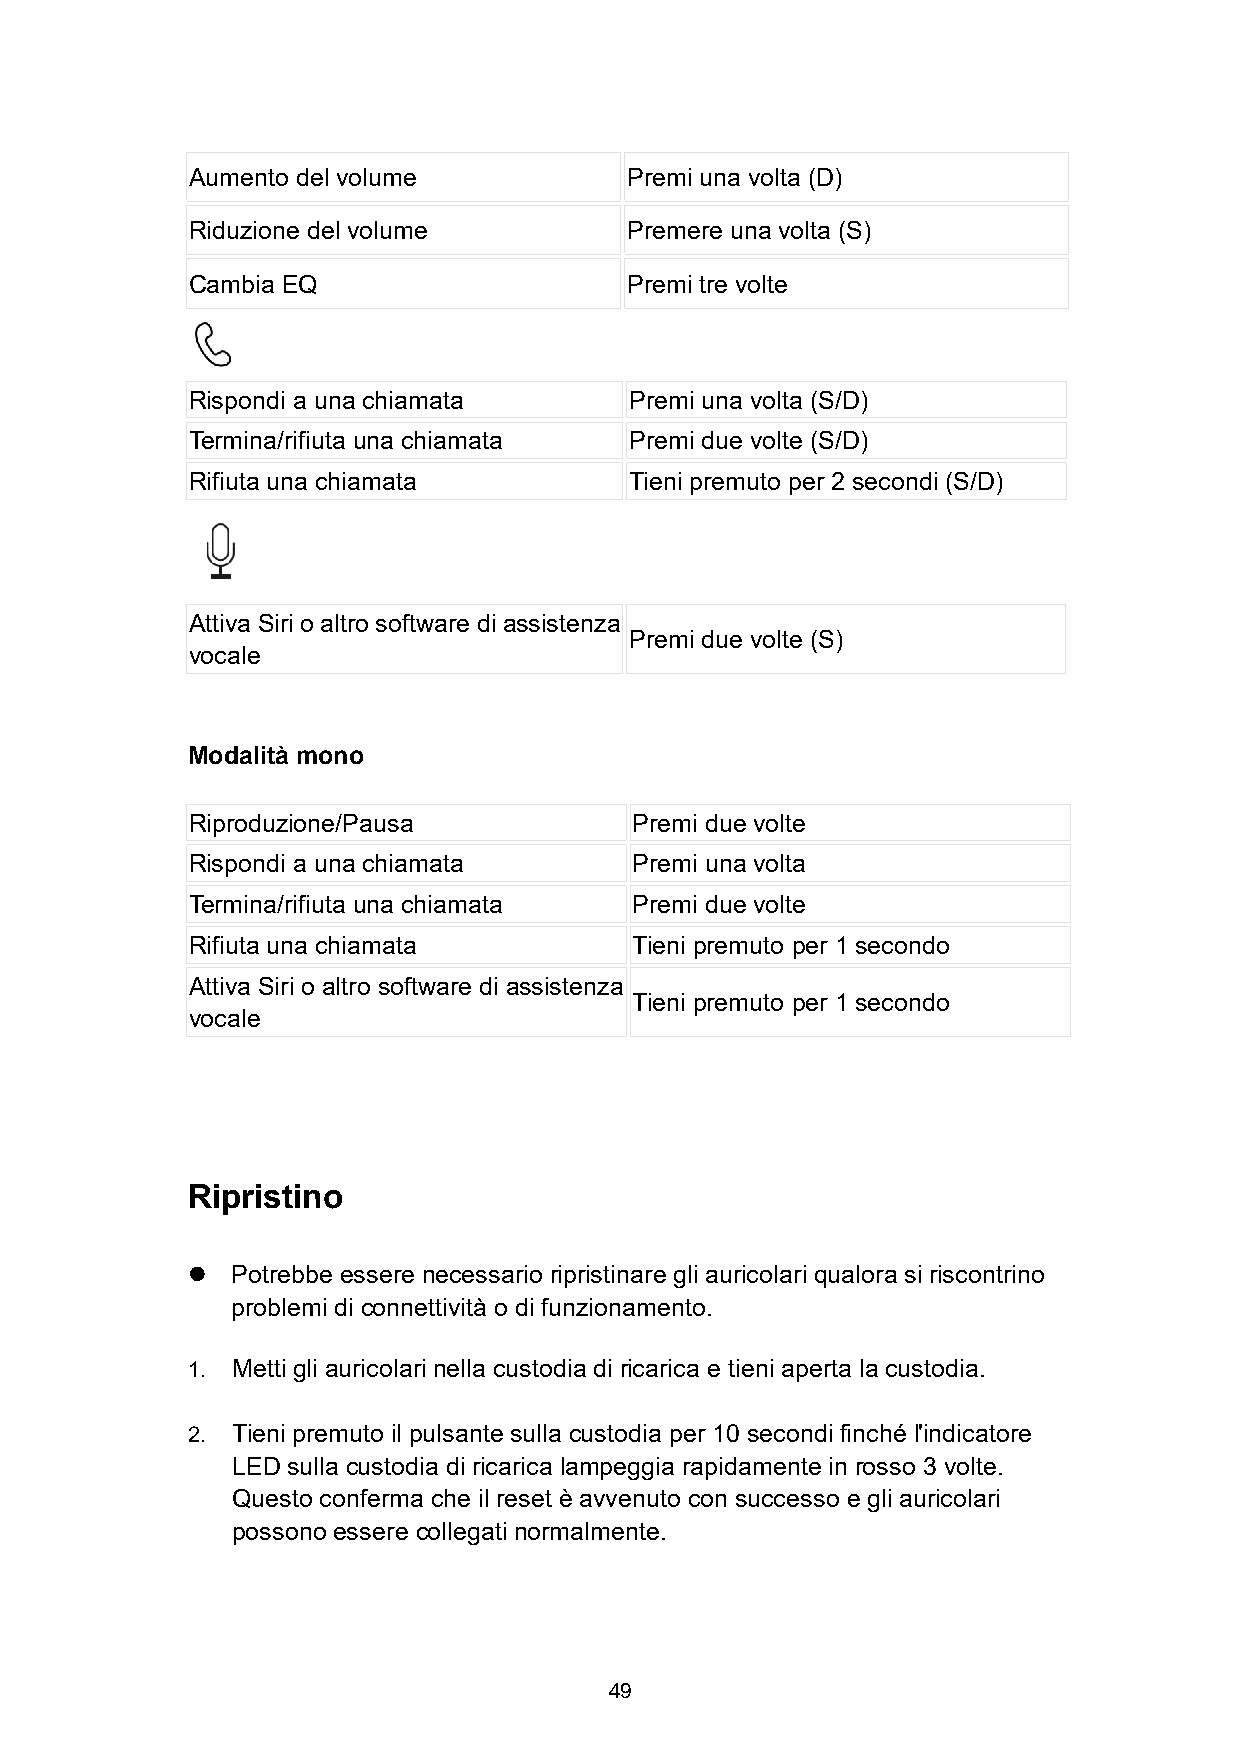
Aumento del volume           Premi una volta (D)
 Riduzione del volume         Premere una volta (S)
 Cambia EQ                    Premi tre volte
 Rispondi a una chiamata       Premi una volta (S/D)
 Termina/rifiuta una chiamata  Premi due volte (S/D)
 Rifiuta una chiamata          Tieni premuto per 2 secondi (S/D)
 Attiva Siri o altro software di assistenza
 Premi due volte (S)
 vocale
 Modalità mono
 Riproduzione/Pausa            Premi due volte
 Rispondi a una chiamata       Premi una volta
 Termina/rifiuta una chiamata  Premi due volte
 Rifiuta una chiamata          Tieni premuto per 1 secondo
 Attiva Siri o altro software di assistenza
 Tieni premuto per 1 secondo
 vocale
 Ripristino
   Potrebbe essere necessario ripristinare gli auricolari qualora si riscontrino
 problemi di connettività o di funzionamento.
 1. Metti gli auricolari nella custodia di ricarica e tieni aperta la custodia.
 2. Tieni premuto il pulsante sulla custodia per 10 secondi finché l'indicatore
 LED sulla custodia di ricarica lampeggia rapidamente in rosso 3 volte.
 Questo conferma che il reset è avvenuto con successo e gli auricolari
 possono essere collegati normalmente.
 49